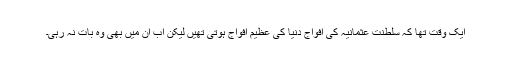
ایک وقت تھا کہ سلطنت عثمانیہ کی افواج دنیا کی عظیم افواج ہوتی تھیں لیکن اب ان میں بھی وہ بات نہ رہی۔